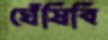
ঘেঁষিবি